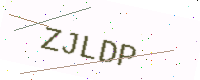
Text: ZJLDP